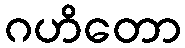
ဂဟိတော